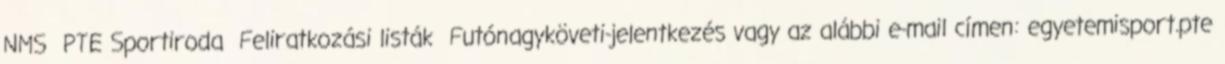
NMS PTE Sportiroda Feliratkozási listák Futónagyköveti-jelentkezés vagy az alábbi e-mail címen: egyetemisport.pte